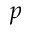
\boldsymbol { p }